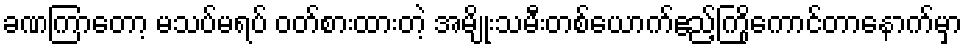
ခဏကြာတော့ မသပ်မရပ် ဝတ်စားထားတဲ့ အမျိုးသမီးတစ်ယောက်ဧည့်ကြိုကောင်တာနောက်မှာ